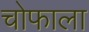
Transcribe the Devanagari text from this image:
चोफाला